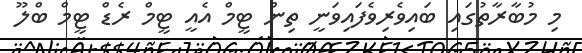
މި މުބާރާތުގައި ބައިވެރިވެފައިވަނީ ތިން ޓީމް އެއީ ޓީމް ރެޑް ޓީމް ބްލޫ